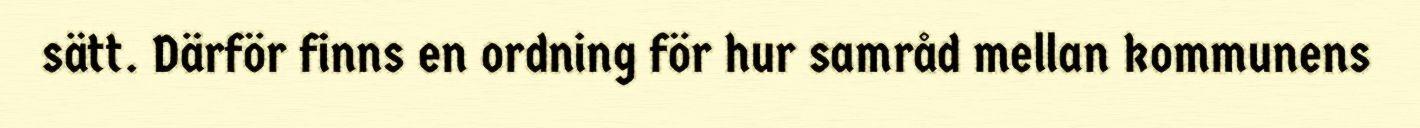
sätt. Därför finns en ordning för hur samråd mellan kommunens